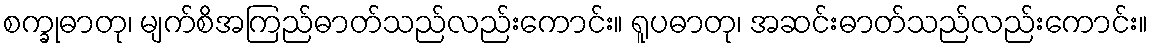
စက္ခုဓာတု၊ မျက်စိအကြည်ဓာတ်သည်လည်းကောင်း။ ရူပဓာတု၊ အဆင်းဓာတ်သည်လည်းကောင်း။